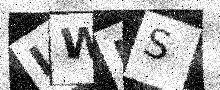
Text: LWNS